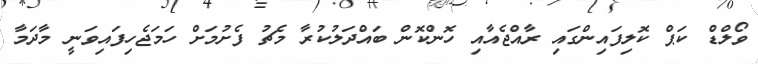
ވޯލްޑް ކަޕް ކޮލިފައިންގައި ރާއްޖެއާއި ހޮންކޮން ބައްދަލުކުރާ މެޗު ފެށުމަށް ހަމަޖެހިފައިވަނީ މާދަމާ